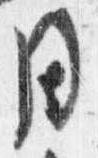
同